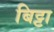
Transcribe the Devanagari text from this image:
बिट्टा